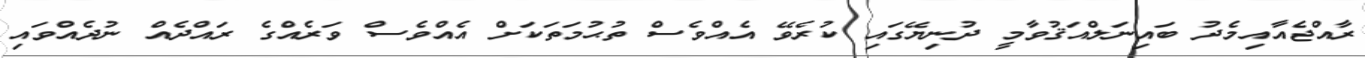
ރާއްޖެއާއިމެދު ބައިނަލްއަޤުވާމީ ދުނިޔޭގައި ކުރެވޭ އެއްވެސް ތުޙުމަތަކަށް އެއްވެސް ވަރެއްގެ ރައްދެއް ނުދެއްވައި